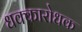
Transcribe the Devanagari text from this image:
धक्कारोधक